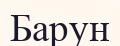
Барун